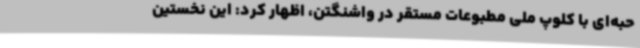
حبه‌ای با کلوپ ملی مطبوعات مستقر در واشنگتن، اظهار کرد: این نخستین